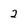
Character: 2